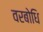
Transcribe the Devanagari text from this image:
वरबोधि